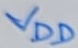
Text: VDD